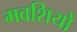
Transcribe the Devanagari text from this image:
मवशियों